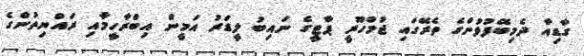
ގާޑިއާ ދެމިބޭފުޅުންގެ ތެރޭގައި ޖުމްހޫރީ ޕާޓީގެ ނައިބު ލީޑަރު އަމީން އިބްރާހީމާއި ރައްޔިތުންގެ